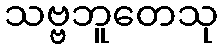
သဗ္ဗဘူတေသု